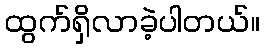
ထွက်ရှိလာခဲ့ပါတယ်။